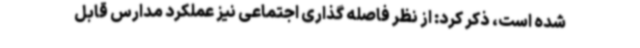
شده است، ذکر کرد: از نظر فاصله گذاری اجتماعی نیز عملکرد مدارس قابل